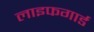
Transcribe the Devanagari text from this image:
लाइफगार्ड